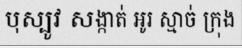
បុស្បូវ សង្កាត់ អូរ ស្មាច់ ក្រុង